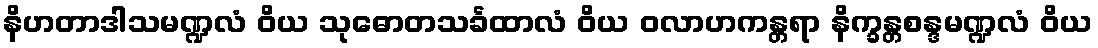
နိဟတာဒါသမဏ္ဍလံ ဝိယ သုဓောတသင်္ခထာလံ ဝိယ ဝလာဟကန္တရာ နိက္ခန္တစန္ဒမဏ္ဍလံ ဝိယ